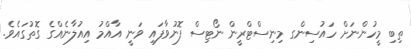
ތިބި މީހުންނަށް ހައުސިންގ މިނިސްޓްރީން ނޯޓިސް ފޮނުވާފައި ވަނީ އާއްމު އިއުލާނެއްގެ ގޮތުގައެވެ.